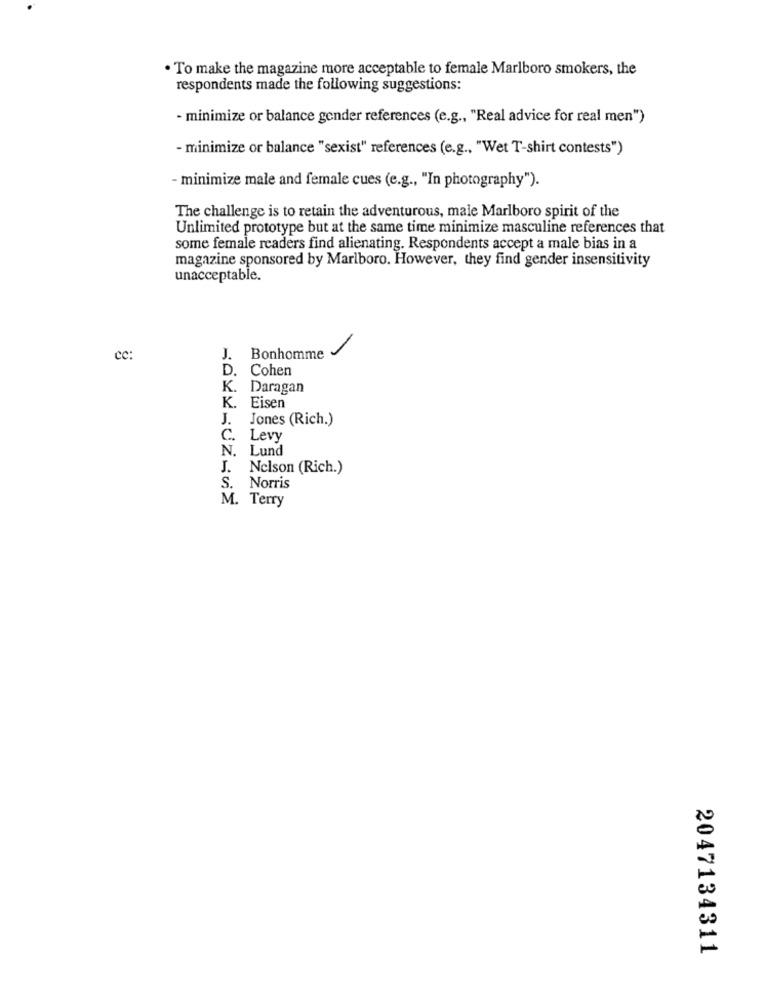
. To make the magazine more acceptable to female Marlboro smokers, the
respondents made the following suggestions:
- minimize or balance gender references (e.g ., "Real advice for real men")
- minimize or balance "sexist" references (e.g ., "Wet T-shirt contests")
- minimize male and female cues (e.g ., "In photography").
The challenge is to retain the adventurous, male Marlboro spirit of the
Unlimited prototype but at the same time minimize masculine references that
some female readers find alienating. Respondents accept a male bias in a
magazine sponsored by Marlboro. However, they find gender insensitivity
unacceptable.
cc:
J.
Bonhomme
D.
Cohen
K. Daragan
K. Eisen
J. Jones (Rich.)
C. Levy
N. Lund
J. Nelson (Rich.)
S.
Norris
M. Terry
2047134311